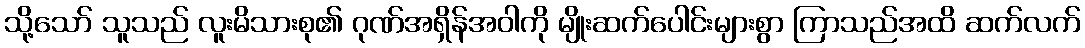
သို့သော် သူသည် လူးမိသားစု၏ ဂုဏ်အရှိန်အဝါကို မျိုးဆက်ပေါင်းများစွာ ကြာသည်အထိ ဆက်လက်